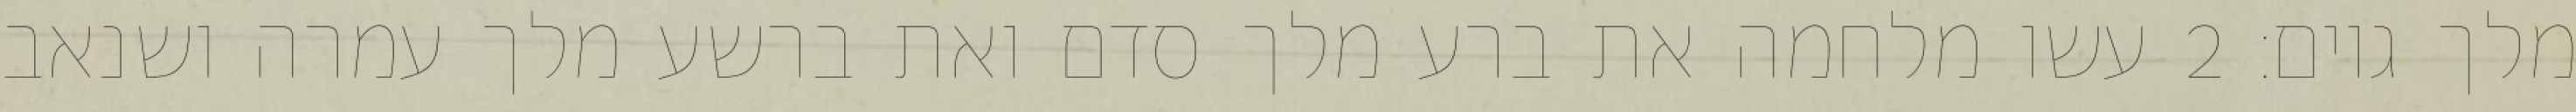
מלך גוים׃ ‎2‏ עשו מלחמה את ברע מלך סדם ואת ברשע מלך עמרה ושנאב